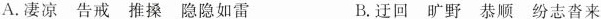
A.凄凉 告戒 推搡 隐隐如雷 B.迂回 旷野 恭顺 纷志沓来